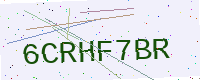
Text: 6CRHF7BR